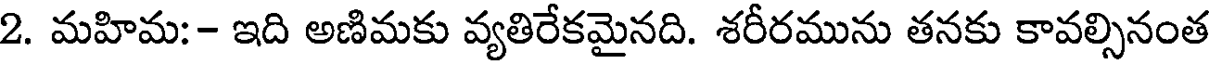
2. మహిమ:- ఇది అణిమకు వ్యతిరేకమైనది. శరీరమును తనకు కావల్సినంత